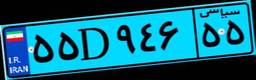
۵۵D۹۴۶۵۵